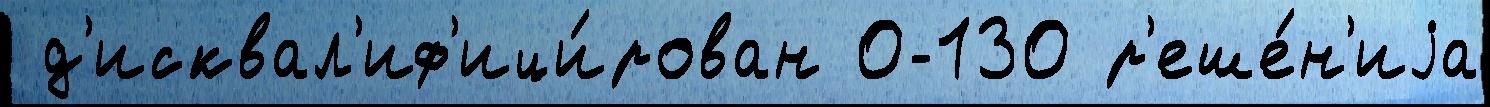
 д'исквал'иф'ици́рован 0-130 р'еше́н'иjа